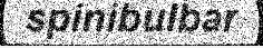
spinibulbar